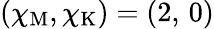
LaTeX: (\chi_{\mathrm{M}},\chi_{\mathrm{K}})=(2,\, 0)